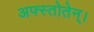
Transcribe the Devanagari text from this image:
अफ्स्तोतेन्।